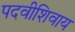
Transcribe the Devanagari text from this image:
पदवीशिवाय